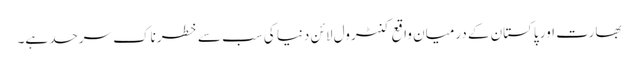
بھارت اور پاکستان کے درمیان واقع کنٹرول لائن دنیا کی سب سے خطرناک سرحد ہے۔